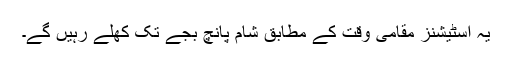
يہ اسٹيشنز مقامی وقت کے مطابق شام پانچ بجے تک کھلے رہيں گے۔